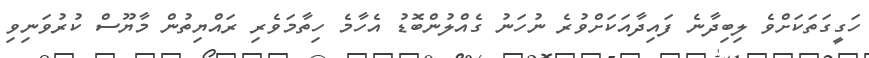
ހަގީގަތަކަށްވެ ލިބިދާނެ ފައިދާއަކަށްވުރެ ނުހަނު ގެއްލުންބޮޑު އެހާމެ ހިތާމަވެރި ރައްޔިތުން މާޔޫސް ކުރުވަނިވި